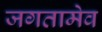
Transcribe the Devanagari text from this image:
जगतामेव